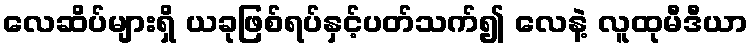
လေဆိပ်များရှိ ယခုဖြစ်ရပ်နှင့်ပတ်သက်၍ လေနဲ့ လူထုမီဒီယာ